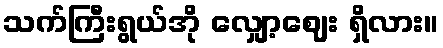
သက်ကြီးရွယ်အို လျှော့ဈေး ရှိလား။